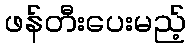
ဖန်တီးပေးမည့်